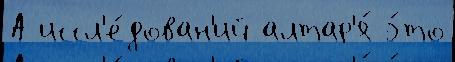
А иссл'е́дован'ий алтар'я́ э́то